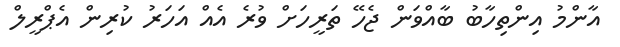
އާންމު އިންތިހާބު ބާއްވަން ޖެހޭ ތަރީހަށް ވުރެ އެއް އަހަރު ކުރިން އެޕްރީލް